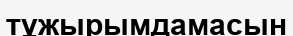
тұжырымдамасын